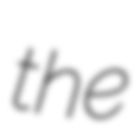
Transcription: the